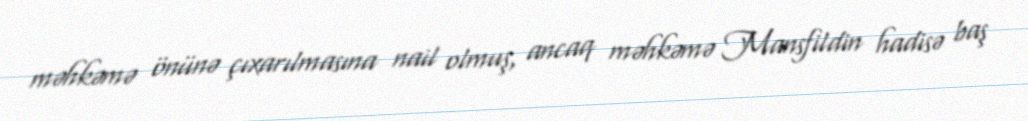
məhkəmə önünə çıxarılmasına nail olmuş, ancaq məhkəmə Mansfildin hadisə baş